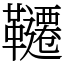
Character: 韆